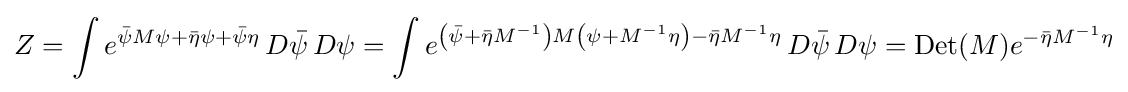
Z=\int e^{{\bar {\psi }}M\psi +{\bar {\eta }}\psi +{\bar {\psi }}\eta }\,D{\bar {\psi }}\,D\psi =\int e^{\left({\bar {\psi }}+{\bar {\eta }}M^{-1}\right)M\left(\psi +M^{-1}\eta \right)-{\bar {\eta }}M^{-1}\eta }\,D{\bar {\psi }}\,D\psi =\mathrm {Det} (M)e^{-{\bar {\eta }}M^{-1}\eta }